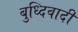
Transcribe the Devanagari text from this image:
बुध्दिवादी